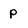
Character: p